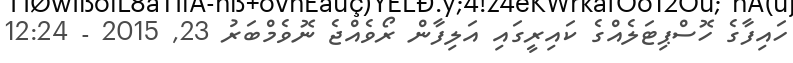
ހައިފާގެ ހޮސްޕިޓަލެއްގެ ކައިރީގައި އަލިފާން ރޯވެއްޖެ ނޮވެމްބަރު 23